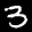
Label: 3